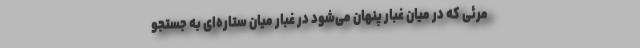
مرئی که در میان غبار پنهان می‌شود در غبار میان ستاره‌ای به جستجو